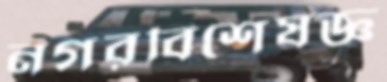
নগরবিশেষজ্ঞ